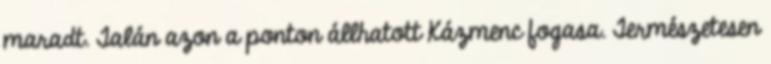
maradt. Talán azon a ponton állhatott Kázmenc fogasa. Természetesen